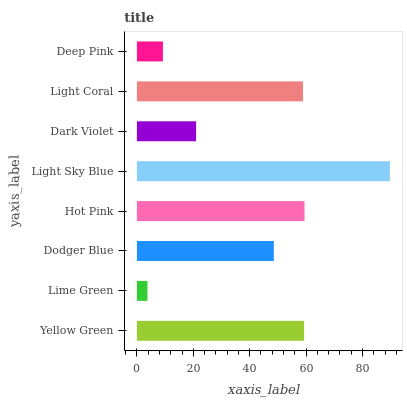
| yaxis_label | bars |
 | --- | --- |
 | Yellow Green | 59.3 |
 | Lime Green | 3.74 |
 | Dodger Blue | 48.6 |
 | Hot Pink | 59.5 |
 | Light Sky Blue | 89.7 |
 | Dark Violet | 21 |
 | Light Coral | 58.9 |
 | Deep Pink | 9.22 |